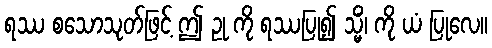
ရဿ စသောသုတ်ဖြင့် ဤ ဥု ကို ရဿပြု၍ သ္မိံ၊ ကို ယံ ပြုလေ။